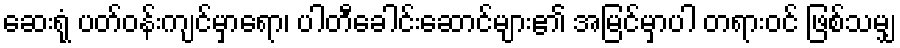
ဆေးရုံ ပတ်ဝန်းကျင်မှာရော၊ ပါတီခေါင်းဆောင်များ၏ အမြင်မှာပါ တရားဝင် ဖြစ်သမျှ